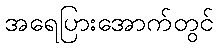
အရေပြားအောက်တွင်